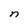
Character: n